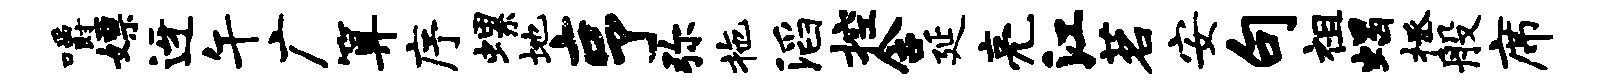
嚼嫖迓午广算序螺地亨弥拖滔控含延亮江茗安句祖蝎拯般席